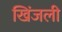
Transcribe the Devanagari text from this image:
खिंजली